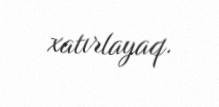
xatırlayaq.